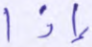
إذا